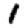
Digit: 1